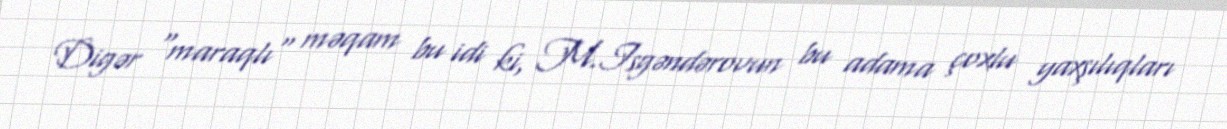
Digər "maraqlı" məqam bu idi ki, M.Isgəndərovun bu adama çoxlu yaxşılıqları